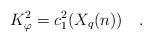
LaTeX: \begin{align*}K_\varphi^2=c_1^2(X_q(n))\quad.\end{align*}